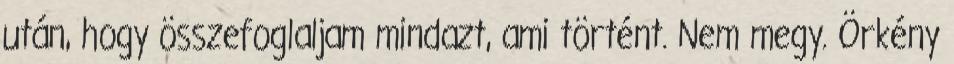
után, hogy összefoglaljam mindazt, ami történt. Nem megy. Örkény